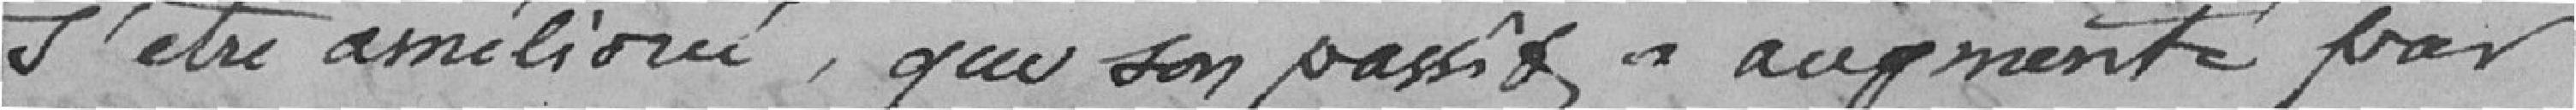
s'être améliorée, que son passif a augmenté par